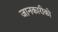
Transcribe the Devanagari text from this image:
जानकारीको